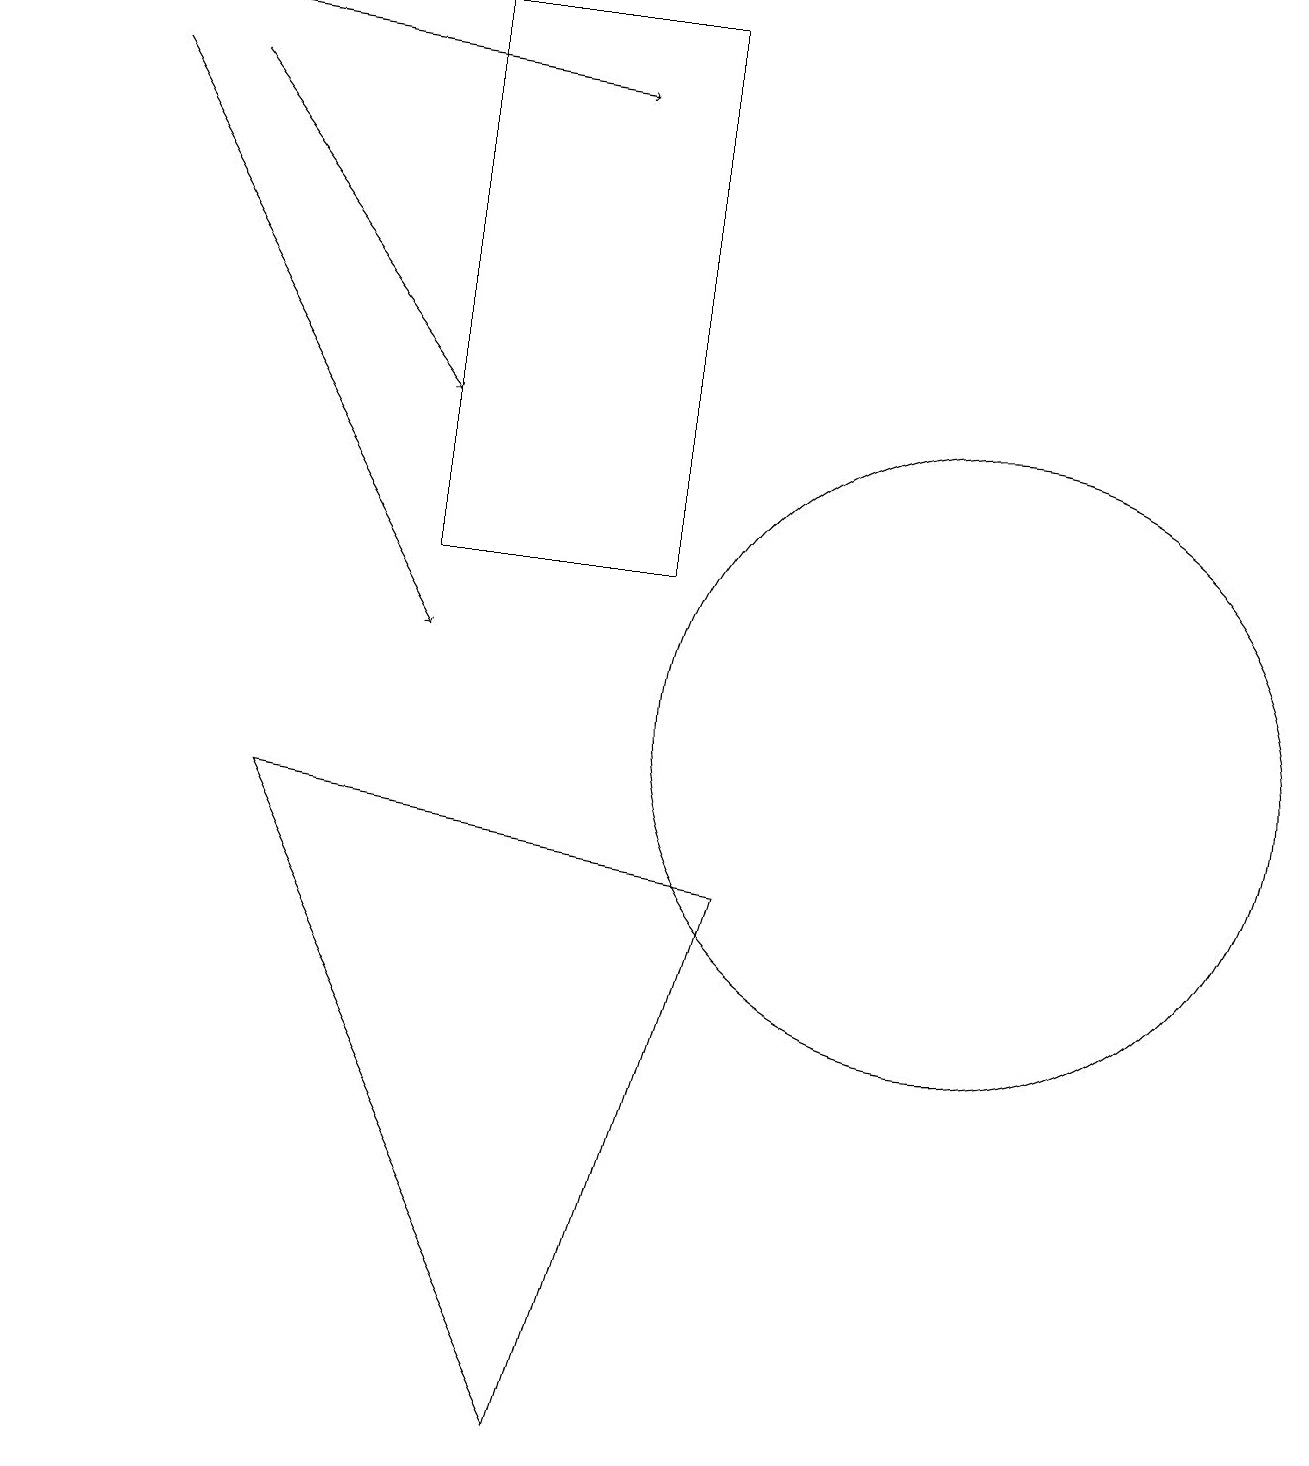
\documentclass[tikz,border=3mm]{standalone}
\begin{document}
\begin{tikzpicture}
\draw (8,19) rectangle (5,12);
\draw[->] (1,18) -- (5,11);
\draw (12,10) circle (4);
\draw (3,9) -- (7,1) -- (9,8) -- cycle;
\draw[->] (2,18) -- (5,14);
\draw[->] (0,19) -- (7,18);
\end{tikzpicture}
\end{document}